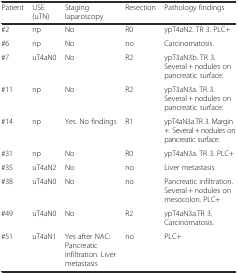
<table><thead><tr><td><b>Patient</b></td><td><b>USE (uTN)</b></td><td><b>Staging laparoscopy</b></td><td><b>Resection</b></td><td><b>Pathology findings</b></td></tr></thead><tbody><tr><td>#2</td><td>np</td><td>No</td><td>R0</td><td>ypT4aN2. TR 3. PLC+</td></tr><tr><td>#6</td><td>np</td><td>No</td><td>no</td><td>Carcinomatosis.</td></tr><tr><td>#7</td><td>uT4aN0</td><td>No</td><td>R2</td><td>ypT3aN3b. TR 3. Several + nodules on pancreatic surface.</td></tr><tr><td>#11</td><td>np</td><td>No</td><td>R2</td><td>ypT3aN3a. TR 3. Several + nodules on pancreatic surface.</td></tr><tr><td>#14</td><td>np</td><td>Yes. No findings</td><td>R1</td><td>ypT4aN3a.TR 3. Margin +. Several + nodules on pancreatic surface.</td></tr><tr><td>#31</td><td>np</td><td>No</td><td>R0</td><td>ypT4aN3a. TR 3. PLC+</td></tr><tr><td>#35</td><td>uT4aN2</td><td>No</td><td>no</td><td>Liver metastasis</td></tr><tr><td>#38</td><td>uT4aN0</td><td>No</td><td>no</td><td>Pancreatic infiltration. Several + nodules on mesocolon. PLC+</td></tr><tr><td>#49</td><td>uT4aN0</td><td>No</td><td>R2</td><td>ypT4aN3a.TR 3. Carcinomatosis.</td></tr><tr><td>#51</td><td>uT4aN1</td><td>Yes after NAC: Pancreatic infiltration. Liver metastasis</td><td>no</td><td>PLC+</td></tr></tbody></table>